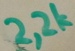
Text: 2,2k